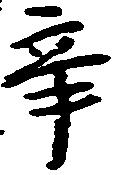
辛